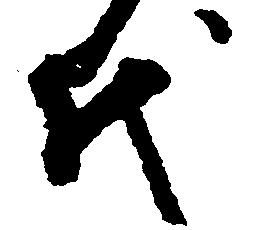
代